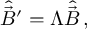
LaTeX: \hat { \vec { \cal B } } { } ^ { \prime } = \Lambda \hat { \vec { \cal B } } \, ,